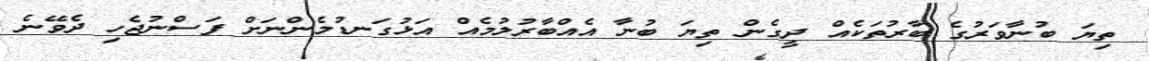
ތިޔަ ބުނާވަރުގެ ބާރުތަކެއް ދީގެން ތިޔަ ބުނާ އެއްބާރުލުމެއް އަޅުގަނޑުމެންނަށް ފަސްނުޖެހި ދެވޭނެ